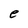
Character: e